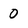
Character: 0